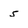
Character: 5